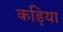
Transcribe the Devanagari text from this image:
कड़िया